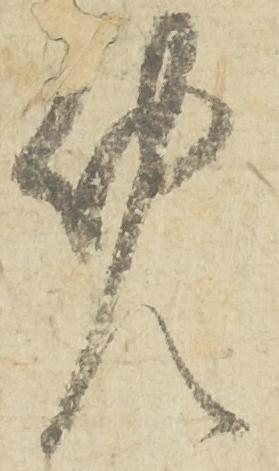
免